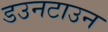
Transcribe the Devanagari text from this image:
डउनटाउन